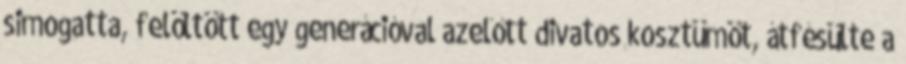
simogatta, felöltött egy generációval azelőtt divatos kosztümöt, átfésülte a